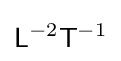
{\mathsf {L}}^{-2}{\mathsf {T}}^{-1}